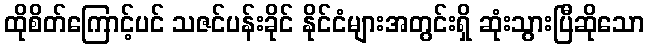
ထိုစိတ်ကြောင့်ပင် သဇင်ပန်းခိုင် နိုင်ငံများအတွင်းရှိ ဆုံးသွားပြီဆိုသော